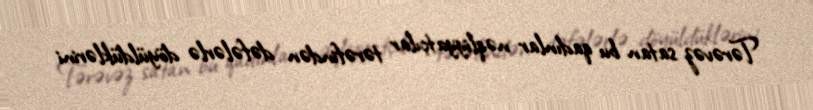
Tərəvəz satan bu qadınlar nəqliyyatçılar tərəfindən dəfələrlə döyüldüklərini